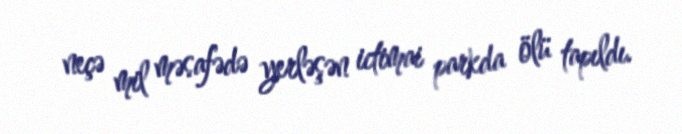
neçə mil məsafədə yerləşən ictimai parkda ölü tapıldı.